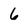
Character: 6